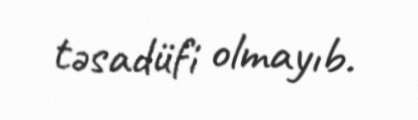
təsadüfi olmayıb.